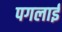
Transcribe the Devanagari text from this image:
पगलाई